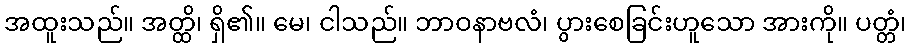
အထူးသည်။ အတ္ထိ၊ ရှိ၏။ မေ၊ ငါသည်။ ဘာဝနာဗလံ၊ ပွားစေခြင်းဟူသော အားကို။ ပတ္တံ၊